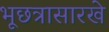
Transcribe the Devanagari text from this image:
भूछत्रासारखे